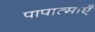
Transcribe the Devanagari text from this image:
पापात्माएँ